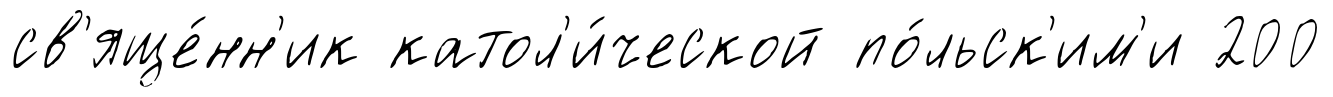
св'яще́нн'ик катол'и́ческой по́льск'им'и 200